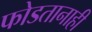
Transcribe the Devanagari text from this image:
फोडतानाही